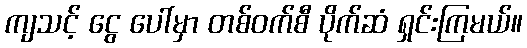
ကျသင့် ငွေ ပေါ်မှာ တစ်ဝက်စီ ပိုက်ဆံ ရှင်းကြမယ်။